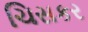
ચિસકર